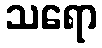
သရော